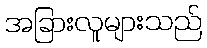
အခြားလူများသည်